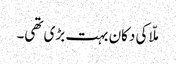
ملّا کی دکان بہت بڑی تھی۔